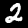
Label: 2